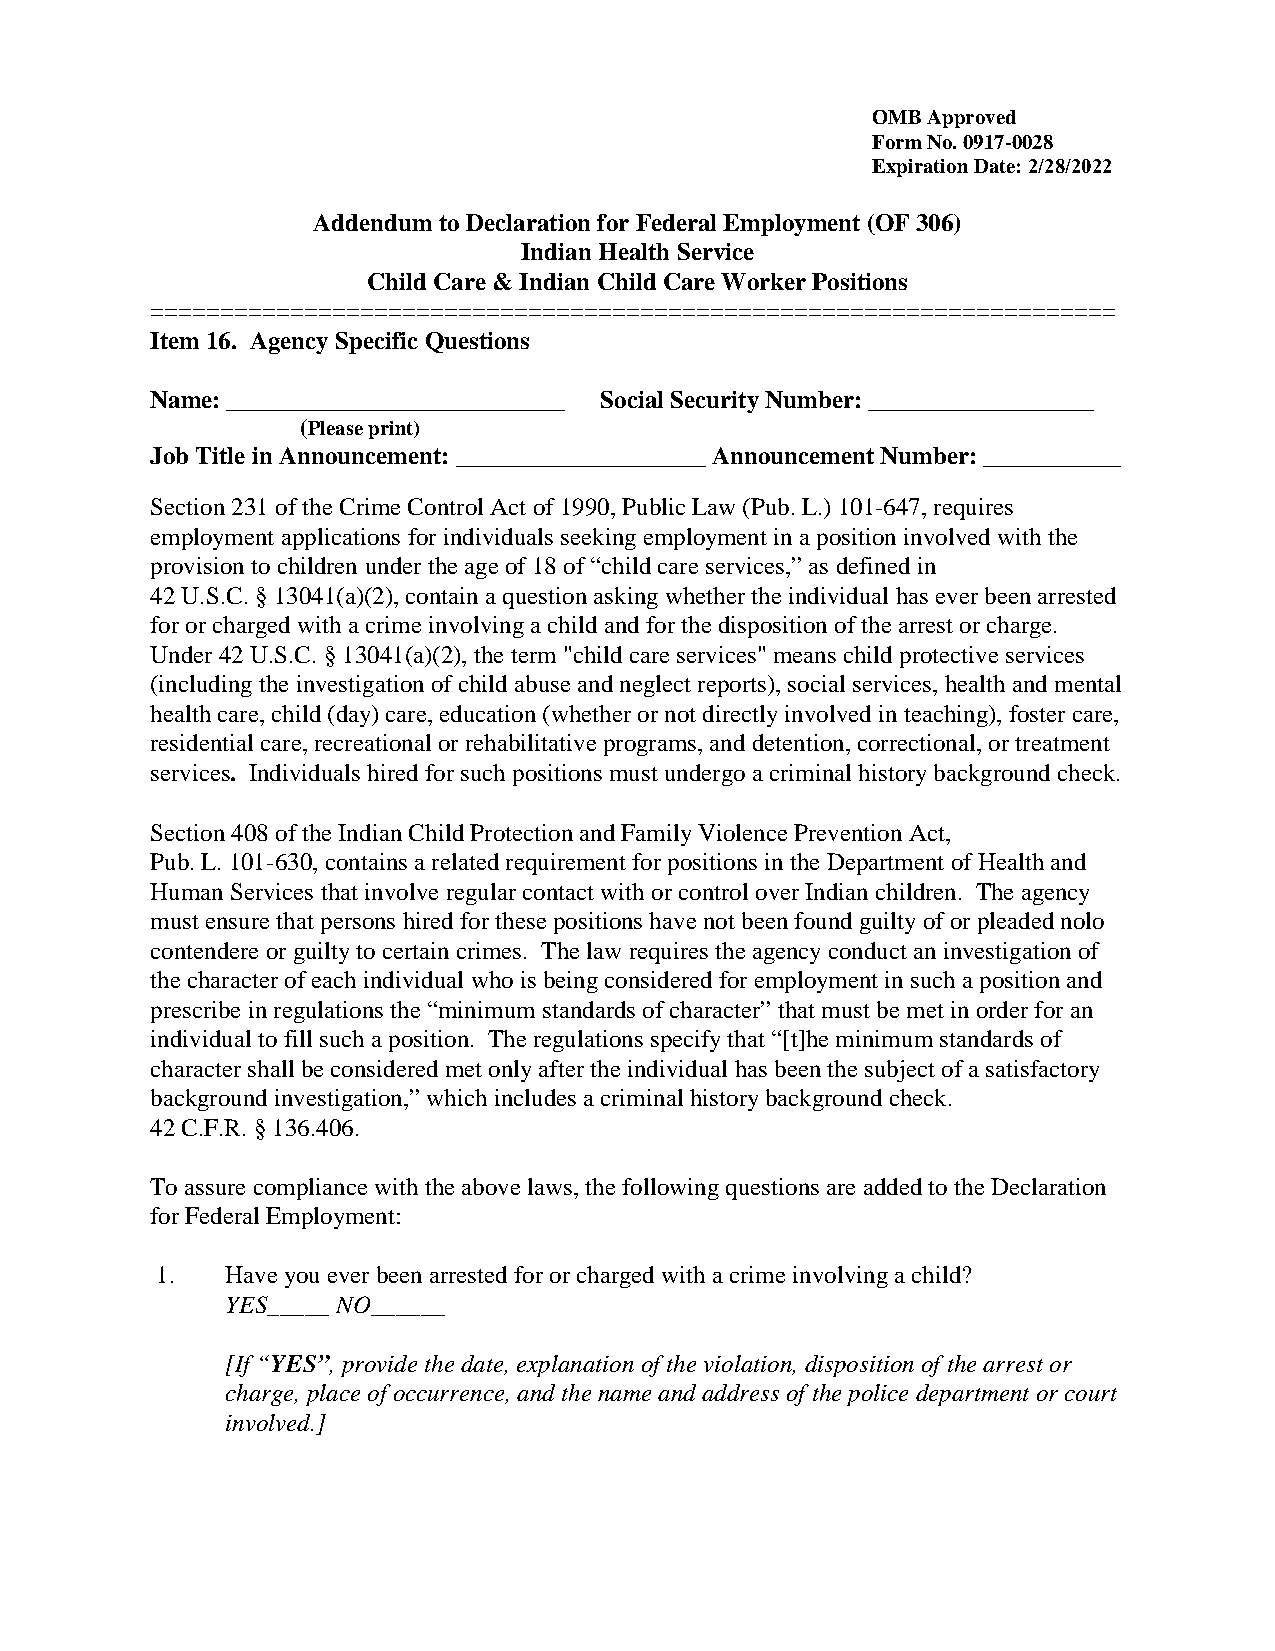
OMB Approved
 Form No. 0917-0028
 Expiration Date: 2/28/2022
 Addendum to Declaration for Federal Employment (OF 306)
 Indian Health Service
 Child Care & Indian Child Care Worker Positions
 =====================================================================
 Item 16. Agency Specific Questions
 Name: ___________________________ Social Security Number: __________________
 (Please print)
 Job Title in Announcement: ____________________ Announcement Number: ___________
 Section 231 of the Crime Control Act of 1990, Public Law (Pub. L.) 101-647, requires
 employment applications for individuals seeking employment in a position involved with the
 provision to children under the age of 18 of “child care services,” as defined in
 42 U.S.C. § 13041(a)(2), contain a question asking whether the individual has ever been arrested
 for or charged with a crime involving a child and for the disposition of the arrest or charge.
 Under 42 U.S.C. § 13041(a)(2), the term "child care services" means child protective services
 (including the investigation of child abuse and neglect reports), social services, health and mental
 health care, child (day) care, education (whether or not directly involved in teaching), foster care,
 residential care, recreational or rehabilitative programs, and detention, correctional, or treatment
 services. Individuals hired for such positions must undergo a criminal history background check.
 Section 408 of the Indian Child Protection and Family Violence Prevention Act,
 Pub. L. 101-630, contains a related requirement for positions in the Department of Health and
 Human Services that involve regular contact with or control over Indian children. The agency
 must ensure that persons hired for these positions have not been found guilty of or pleaded nolo
 contendere or guilty to certain crimes. The law requires the agency conduct an investigation of
 the character of each individual who is being considered for employment in such a position and
 prescribe in regulations the “minimum standards of character” that must be met in order for an
 individual to fill such a position. The regulations specify that “[t]he minimum standards of
 character shall be considered met only after the individual has been the subject of a satisfactory
 background investigation,” which includes a criminal history background check.
 42 C.F.R. § 136.406.
 To assure compliance with the above laws, the following questions are added to the Declaration
 for Federal Employment:
 1.   Have you ever been arrested for or charged with a crime involving a child?
 YES_____ NO______
 [If “YES”, provide the date, explanation of the violation, disposition of the arrest or
 charge, place of occurrence, and the name and address of the police department or court
 involved.]